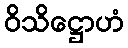
ဝိသိဋ္ဌောဟံ